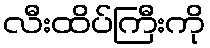
လီးထိပ်ကြီးကို